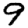
Digit: 9